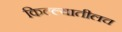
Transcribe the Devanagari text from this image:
किल्ल्यातीलच